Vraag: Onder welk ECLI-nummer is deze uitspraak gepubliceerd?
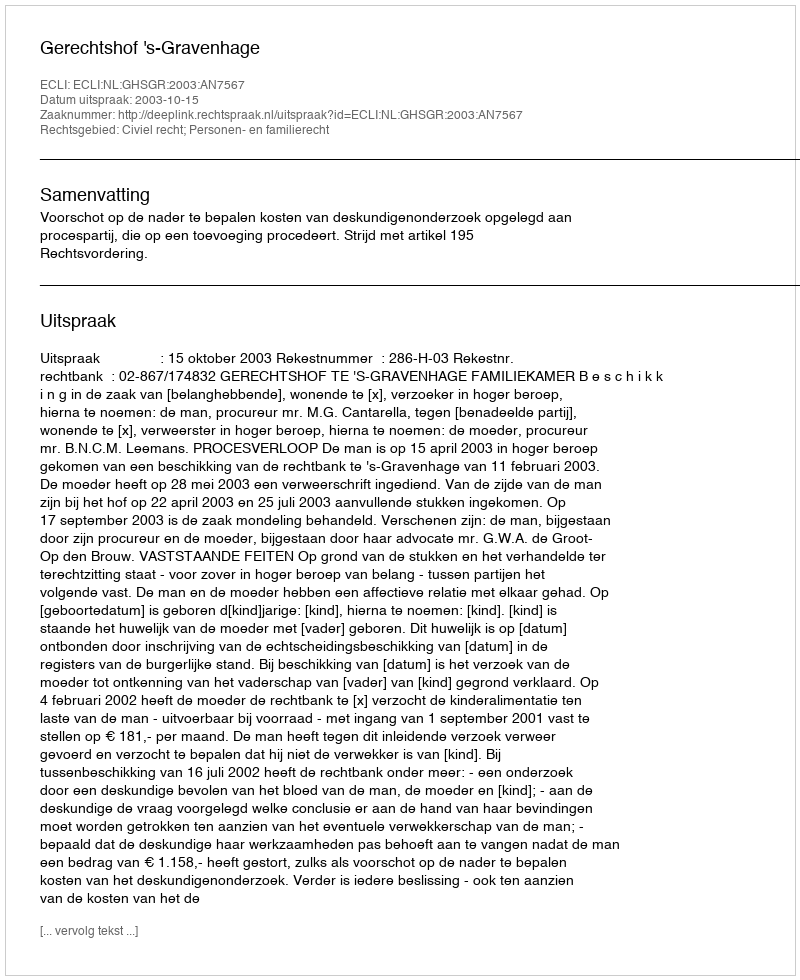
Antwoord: ECLI:NL:GHSGR:2003:AN7567